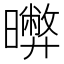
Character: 𣋹